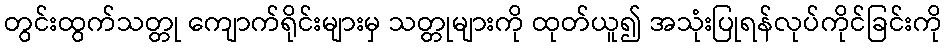
တွင်းထွက်သတ္တု ကျောက်ရိုင်းများမှ သတ္တုများကို ထုတ်ယူ၍ အသုံးပြုရန်လုပ်ကိုင်ခြင်းကို